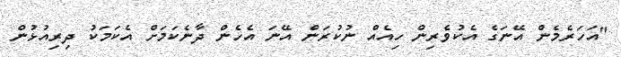
"އަހަރެމެން އޭނަގެ އެކުވެރިން ހިއެއް ނުކުރަން އޭނަ އެހެން ދާނެކަމަށް އެކަމަކު ދިރިއުޅުން